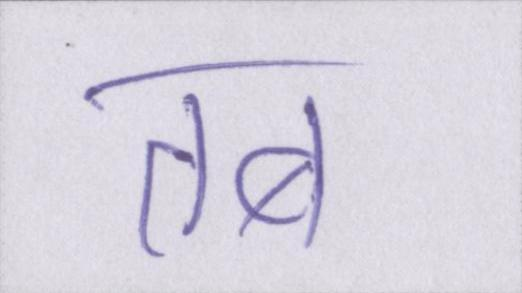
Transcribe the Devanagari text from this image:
कब